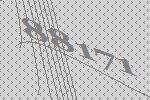
88171